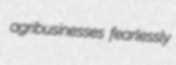
agribusinesses fearlessly